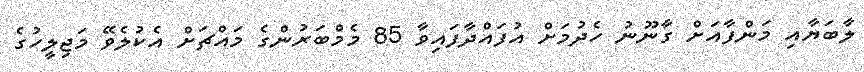
ލާބަޔާއި މަންފާއަށް ގާނޫނު ހެދުމަށް އުފައްދާފައިވާ 85 މެމްބަރުންގެ މައްޗަށް އެކުލެވޭ މަޖިލީހުގެ